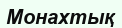
Монахтық